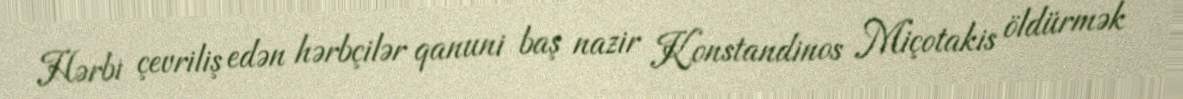
Hərbi çevriliş edən hərbçilər qanuni baş nazir Konstandinos Miçotakis öldürmək